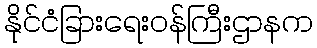
နိုင်ငံခြားရေးဝန်ကြီးဌာနက